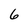
Character: 6